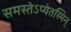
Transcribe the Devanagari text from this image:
समस्तेऽप्येतस्मिन्